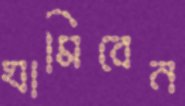
ঘামিবেন